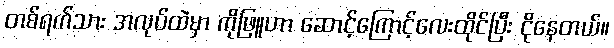
တစ်ရက်သား အလုပ်ထဲမှာ ကိုဖြူဟာ ဆောင့်ကြောင့်လေးထိုင်ပြီး ငိုနေတယ်။